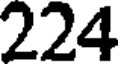
224